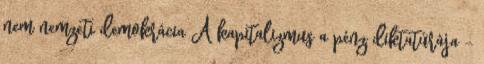
nem nemzeti demokrácia A kapitalizmus a pénz diktatúrája –